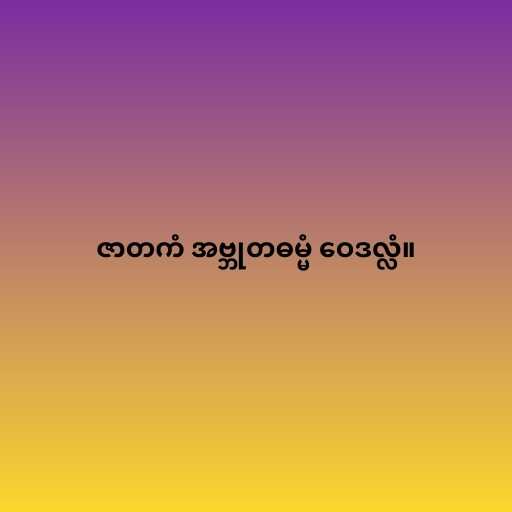
ဇာတကံ အဗ္ဘုတဓမ္မံ ဝေဒလ္လံ။